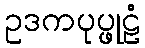
ဥဒကပုပ္ဖုဠံ